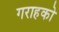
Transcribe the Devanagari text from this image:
गराहको